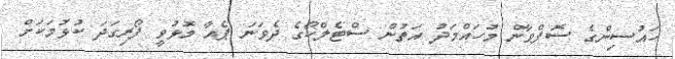
ހައުސިންގެ ސޮފްވާން މުހައްމަދު އަތުން ސްޓެލްކޯގެ ދެވަނަ ޕެއާ މޮޅުވީ ފޯރިގަދަ ކުޅުމަކަށް